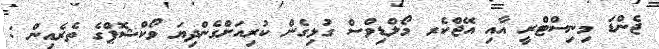
ޖެންޑަ މިނިސްޓްރީ އާއި އޭޖްކެރ މޯލްޑިވްސް ގުޅިގެން ކުރިއަށްގެންދިޔަ ވޯކްޝޮޕްގެ ތެރެއިން :